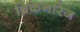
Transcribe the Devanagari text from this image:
ब्रिकेनरिज